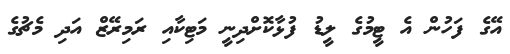
އޭގެ ފަހުން އެ ޓީމުގެ ލީޑު ފުޅާކޮށްދިނީ މަޓިކާއި ރަމިރޭޒް އަދި މެޗުގެ